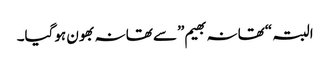
البتہ “تھانہ بھیم”سے تھانہ بھون ہوگیا۔